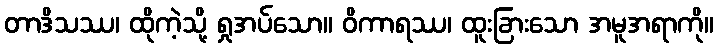
တာဒိသဿ၊ ထိုကဲ့သို့ ရှုအပ်သော။ ဝိကာရဿ၊ ထူးခြားသော အမူအရာကို။